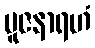
ပူဇနာရဟံ